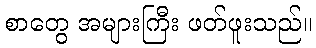
စာတွေ အများကြီး ဖတ်ဖူးသည်။